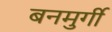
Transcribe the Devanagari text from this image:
बनमुर्गी